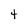
Character: 4